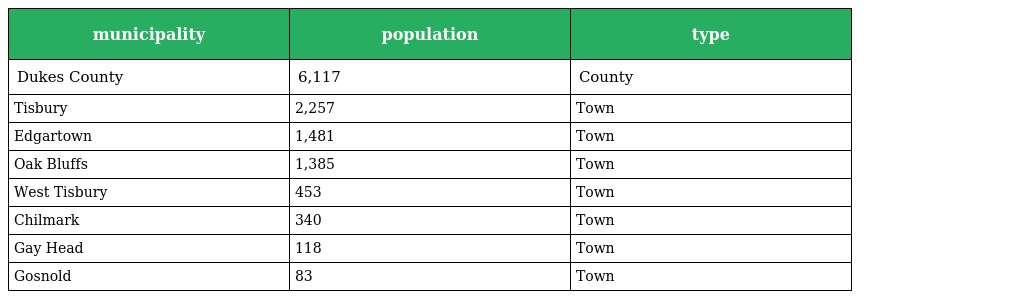
| municipality | population | type |
 | --- | --- | --- |
 | Dukes County | 6,117 | County |
 | Tisbury | 2,257 | Town |
 | Edgartown | 1,481 | Town |
 | Oak Bluffs | 1,385 | Town |
 | West Tisbury | 453 | Town |
 | Chilmark | 340 | Town |
 | Gay Head | 118 | Town |
 | Gosnold | 83 | Town |